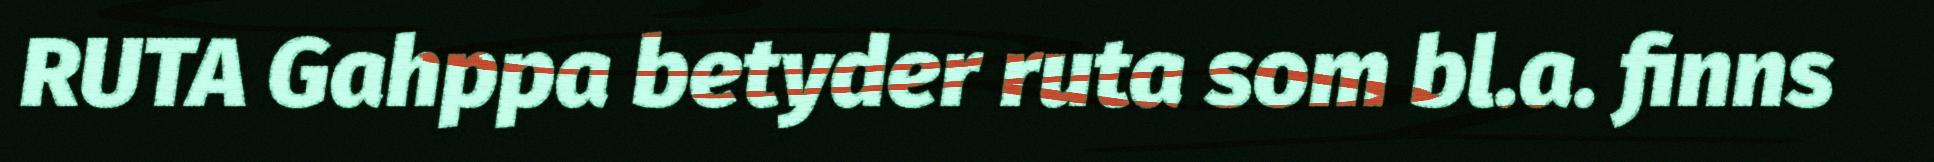
RUTA Gahppa betyder ruta som bl.a. finns